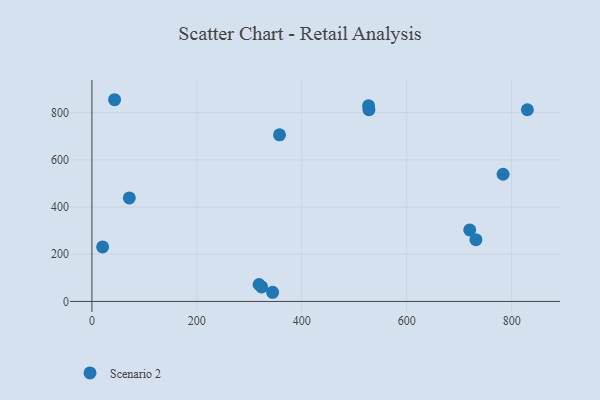
{"axis": {"x": "Engine Size", "y": "Profit"}, "legend": ["Scenario 2"], "data": [{"x": "20.4", "y": 231.1, "type": "Scenario 2"}, {"x": "527.3", "y": 829.5, "type": "Scenario 2"}, {"x": "731.9", "y": 261.7, "type": "Scenario 2"}, {"x": "43.2", "y": 855.0, "type": "Scenario 2"}, {"x": "528.0", "y": 813.0, "type": "Scenario 2"}, {"x": "783.7", "y": 539.1, "type": "Scenario 2"}, {"x": "323.5", "y": 61.6, "type": "Scenario 2"}, {"x": "318.6", "y": 71.9, "type": "Scenario 2"}, {"x": "720.1", "y": 303.3, "type": "Scenario 2"}, {"x": "344.4", "y": 38.9, "type": "Scenario 2"}, {"x": "357.6", "y": 706.3, "type": "Scenario 2"}, {"x": "830.0", "y": 812.5, "type": "Scenario 2"}, {"x": "71.3", "y": 438.7, "type": "Scenario 2"}]}